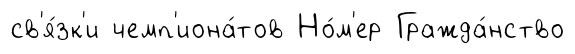
св'я́зк'и чемп'иона́тов Но́м'ер Гражда́нство